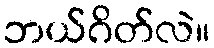
ဘယ်ဂိတ်လဲ။